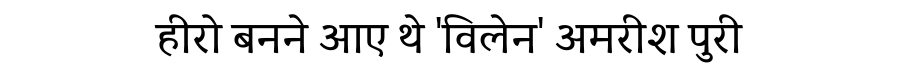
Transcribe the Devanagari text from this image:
हीरो बनने आए थे 'विलेन' अमरीश पुरी